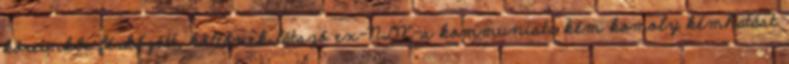
köreinkbe férkőzött, költőnek látszó ex-NDK-s kommunista kém komoly kémhatást